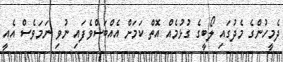
ދެމީހުންގެ މެދުގައި ލޯބީގެ ގުޅުމެއް އޮތް ކަމަށް އެއްބަސްވެފައި ނުވި ނަމަވެސް އެއީ